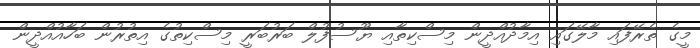
މީގެ ތެރޭފައި މާލޭގައި އިމާދުއްދީން މިސްކިތާއި ޔޫސުފުލް ބަރުބަރީ މިސްކިތުގެ އިތުރުން ބަހާއުއްދީން